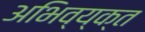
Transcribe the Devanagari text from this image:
अभिव्य्क्त